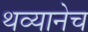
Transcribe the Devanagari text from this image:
थव्यानेच